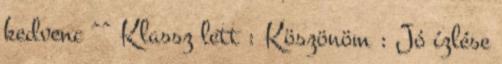
kedvenc ^^ Klassz lett : Köszönöm : Jó ízlése